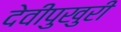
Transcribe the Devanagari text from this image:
देवीपुखुरी